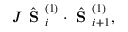
{ J } \hat { \textbf { S } } _ { i } ^ { ( 1 ) } \cdot \hat { { \textbf { S } } } _ { i + 1 } ^ { ( 1 ) } ,